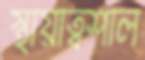
স্থায়ীত্বশীল